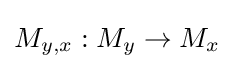
M_{y,x}:M_{y}\to M_{x}